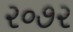
૨૦૭૨